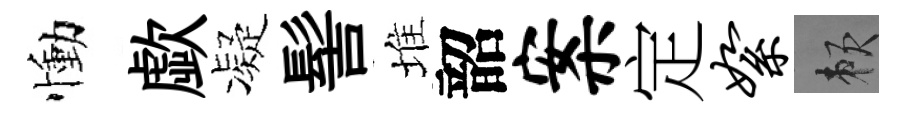
慟歔凝髻堆韶案定絮賴